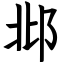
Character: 邶